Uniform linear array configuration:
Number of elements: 16
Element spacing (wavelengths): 0.75
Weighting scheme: uniform
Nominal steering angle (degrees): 15
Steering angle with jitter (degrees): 13.314
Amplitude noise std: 0.05
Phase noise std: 0.05

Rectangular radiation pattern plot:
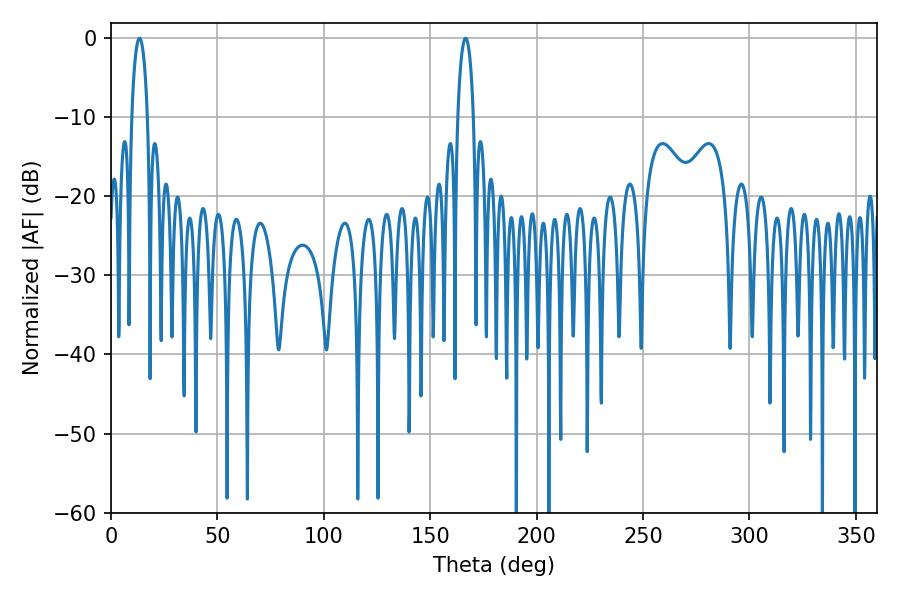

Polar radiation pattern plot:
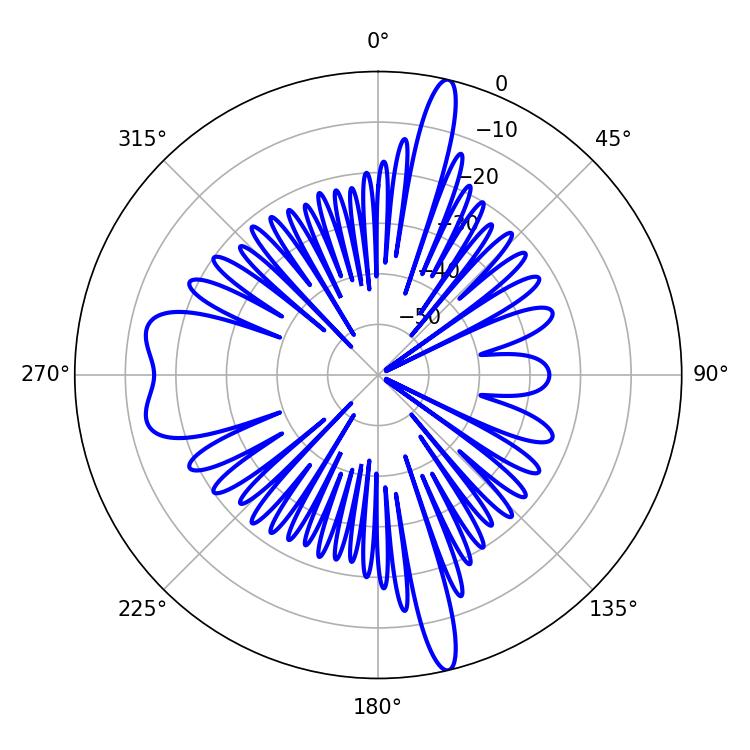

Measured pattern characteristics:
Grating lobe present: TRUE
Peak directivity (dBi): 21.159
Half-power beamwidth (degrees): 4.14
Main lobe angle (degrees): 13.32